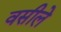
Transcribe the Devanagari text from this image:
वसीले